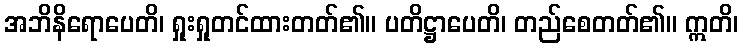
အဘိနိရောပေတိ၊ ရှုးရှုတင်ထားတတ်၏။ ပတိဋ္ဌာပေတိ၊ တည်စေတတ်၏။ ဣတိ၊